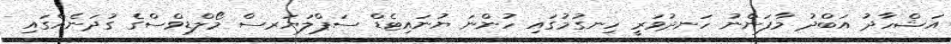
އަޝްހާދު އަބްދު މާފަންނު ހަނދުވަރީ ހިނގުމުގައި ހުންނަ ޔުނައިޓެޑް ސަޕްލަޔަރސް މޯލްޑިވްސްގެ ގުދަނެއްގައި